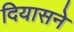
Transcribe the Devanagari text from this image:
दियासने